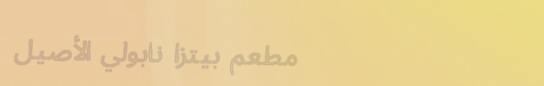
مطعم بيتزا نابولي الأصيل